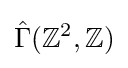
{\hat {\Gamma }}(\mathbb {Z} ^{2},\mathbb {Z} )